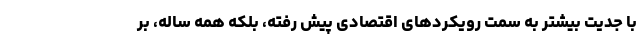
با جدیت بیشتر به سمت رویکردهای اقتصادی پیش رفته، بلکه همه ساله، بر